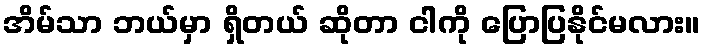
အိမ်သာ ဘယ်မှာ ရှိတယ် ဆိုတာ ငါကို ပြောပြနိုင်မလား။